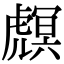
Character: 𧇻